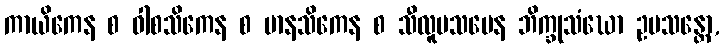
ကာယိကေန စ ဝါစသိကေန စ မာနသိကေန စ သီလူပသမေန ဘိက္ခုသံဃော ဥပသန္တော,